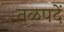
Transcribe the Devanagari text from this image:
तळपदें